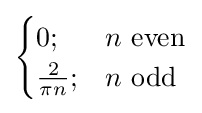
{\begin{cases}0;&n{\text{ even}}\\{\frac {2}{\pi n}};&n{\text{ odd}}\end{cases}}